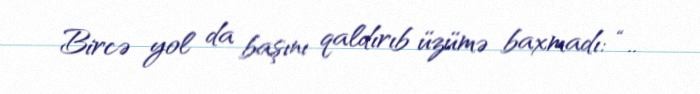
Bircə yol da başını qaldırıb üzümə baxmadı: “..